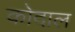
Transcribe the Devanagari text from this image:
कोदाल